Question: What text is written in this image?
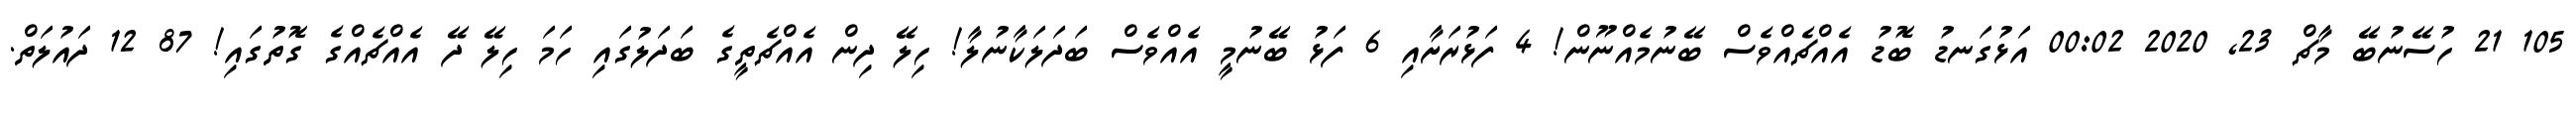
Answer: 105 21 ހުސޭނުބޭ މާޗް 23, 2020 00:02 އަޅުގަނޑު ބޮޑު އެއްޗެއްވެސް ބޭނުމެއްނޫން! 4 ފަޅުރަށާއި 6 ފަޅު ބޭނުމީ އެއްވެސް ބަދަލަކާނުލާ! ހިލޭ ދިން އެއްޗެތީގެ ބަދަލުގައި ހަމަ ހިލޭ ދޭ އެއްޗެއްގެ ގޮތުގައި! 87 12 ދައުލަތް.